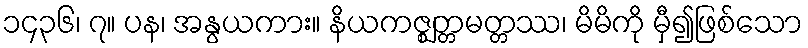
၁၄၃၆၊ ၇။ ပန၊ အနွယကား။ နိယကဇ္ဈတ္တမတ္တဿ၊ မိမိကို မှီ၍ဖြစ်သော